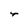
Character: r